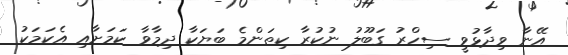
އޭނާ ވިދާޅުވީ ސިހްރު ގަބޫލު ނުކުރާ ކިތަންމެ ބަޔަކާ ދިމާވާ ކަމަށާއި އެކަމަކު